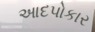
આદપોકાર